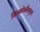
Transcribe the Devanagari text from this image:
डिस्कोब्लैस्चुला